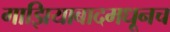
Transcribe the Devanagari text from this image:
गाझियाबादमधूनच